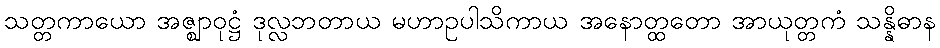
သတ္တကာယော အဇ္ဈာဝုဋ္ဌံ ဒုလ္လဘတာယ မဟာဥပါသိကာယ အနောတ္ထတော အာယုတ္တကံ သန္နိဓာန